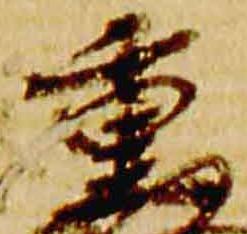
重